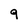
Character: 9